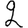
Digit: 2